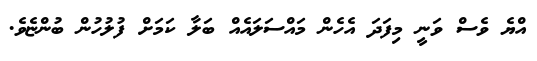
އްޔެ ވެސް ވަނީ މިފަދަ އެހެން މައްސަލައެއް ބަލާ ކަމަށް ފުލުހުން ބުންޏެވެ.